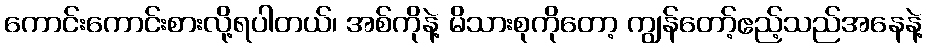
ကောင်းကောင်းစားလို့ရပါတယ်၊ အစ်ကိုနဲ့ မိသားစုကိုတော့ ကျွန်တော့်ဧည့်သည်အနေနဲ့